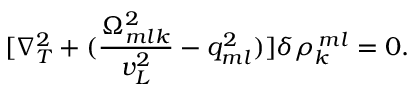
[ \nabla _ { T } ^ { 2 } + ( \frac { \Omega _ { m l k } ^ { 2 } } { v _ { L } ^ { 2 } } - q _ { m l } ^ { 2 } ) ] { \delta \rho _ { k } ^ { \: m l } } = 0 .